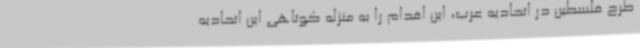
طرح فلسطین در اتحادیه عرب، این اقدام را به منزله کوتاهی این اتحادیه